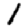
Digit: 1